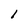
Character: 1